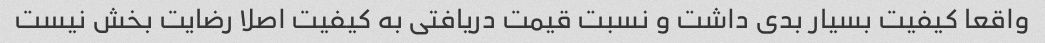
واقعا کیفیت بسیار بدی داشت و نسبت قیمت دریافتی به کیفیت اصلا رضایت بخش نیست